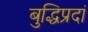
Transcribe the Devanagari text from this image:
बुद्धिप्रदां